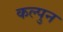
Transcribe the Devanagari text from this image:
कल्पुन